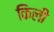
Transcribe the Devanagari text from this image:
किली